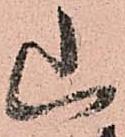
山